Report of the Bombay Veterinary College
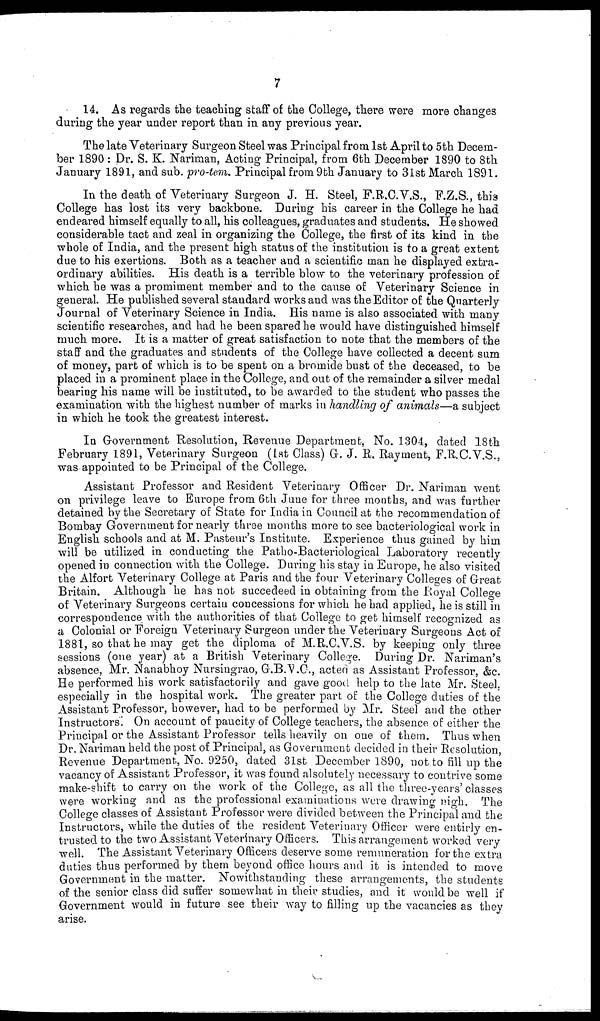
7
14. As regards the teaching staff of the College, there were more changes
during the year under report than in any previous year.
The late Veterinary Surgeon Steel was Principal from 1st April to 5th Decem-
ber 1890 : Dr. S. K. Nariman, Acting Principal, from 6th December 1890 to 8th
January 1891, and sub. pro-tem. Principal from 9th January to 31st March 1891.
In the death of Veterinary Surgeon J. H. Steel, F.R.C.V.S., F.Z.S., this
College has lost its very backbone. During his career in the College he had
endeared himself equally to all, his colleagues, graduates and students. He showed
considerable tact and zeal in organizing the College, the first of its kind in the
whole of India, and the present high status of the institution is to a great extent
due to his exertions. Both as a teacher and a scientific man he displayed extra-
ordinary abilities. His death is a terrible blow to the veterinary profession of
which he was a promiment member and to the cause of Veterinary Science in
general. He published several standard works and was the Editor of the Quarterly
Journal of Veterinary Science in India. His name is also associated with many
scientific researches, and had he been spared he would have distinguished himself
much more. It is a matter of great satisfaction to note that the members of the
staff and the graduates and students of the College have collected a decent sum
of money, part of which is to be spent on a bromide bust of the deceased, to be
placed in a prominent place in the College, and out of the remainder a silver medal
bearing his name will be instituted, to be awarded to the student who passes the
examination with the highest number of marks in handling of animals—a subject
in which he took the greatest interest.
In Government Resolution, Revenue Department, No. 1304, dated 18th
February 1891, Veterinary Surgeon (1st Class) G. J. R. Rayment, F.R.C.V.S.,
was appointed to be Principal of the College.
Assistant Professor and Resident Veterinary Officer Dr. Nariman went
on privilege leave to Europe from 6th June for three months, and was further
detained by the Secretary of State for India in Council at the recommendation of
Bombay Government for nearly three months more to see bacteriological work in
English schools and at M. Pasteur's Institute. Experience thus gained by him
will be utilized in conducting the Patho-Bacteriological Laboratory recently
opened in connection with the College. During his stay in Europe, he also visited
the Alfort Veterinary College at Paris and the four Veterinary Colleges of Great
Britain. Although he has not succedeed in obtaining from the Royal College
of Veterinary Surgeons certain concessions for which he had applied, he is still in
correspondence with the authorities of that College to get himself recognized as
a Colonial or Foreign Veterinary Surgeon under the Veterinary Surgeons Act of
1881, so that he may get the diploma of M.R.C.V.S. by keeping only three
sessions (one year) at a British Veterinary College. During Dr. Nariman's
absence, Mr. Nanabhoy Nursingrao, G.B.V.C., acted as Assistant Professor, &c.
He performed his work satisfactorily and gave good help to the late Mr. Steel,
especially in the hospital work. The greater part of the College duties of the
Assistant Professor, however, had to be performed by Mr. Steel and the other
Instructors On account of paucity of College teachers, the absence of either the
Principal or the Assistant Professor tells heavily on one of them. Thus when
Dr. Nariman held the post of Principal, as Government decided in their Resolution,
Revenue Department, No. 9250, dated 31st December 1890, not to fill up the
vacancy of Assistant Professor, it was found alsolutely necessary to contrive some
make-shift to carry on the work of the College, as all the three-years' classes
were working and as the professional examinations were drawing nigh. The
College classes of Assistant Professor were divided between the Principal and the
Instructors, while the duties of the resident Veterinary Officer were entirly en-
trusted to the two Assistant Veterinary Officers. This arrangement worked very
well. The Assistant Veterinary Officers deserve some remuneration for the extra
duties thus performed by them beyond office hours and it is intended to move
Government in the matter. Nowithstanding these arrangements, the students
of the senior class did suffer somewhat in their studies, and it would be well if
Government would in future see their way to filling up the vacancies as they
arise.